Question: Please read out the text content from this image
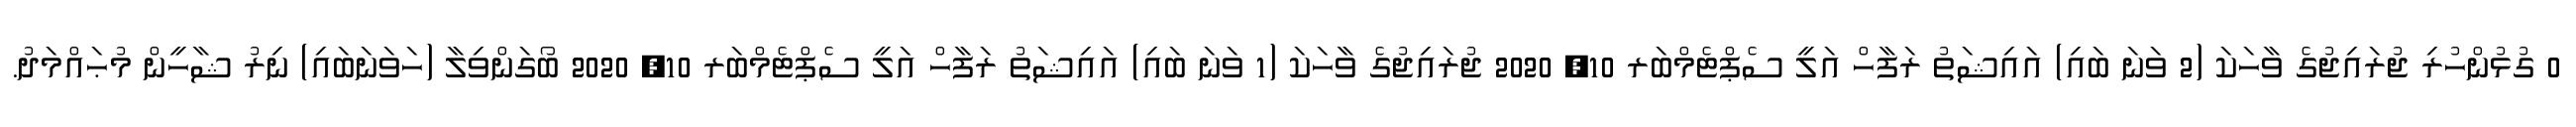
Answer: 0 ގުޅުންހުރި ޖުރައިޖުގެ ވާހަކަ (2 ވަނަ ބައި) އައިޝަތު ރަފާހް އަލީ ސެޕްޓެމްބަރ 10, 2020 ޖުރައިޖުގެ ވާހަކަ (1 ވަނަ ބައި) އައިޝަތު ރަފާހް އަލީ ސެޕްޓެމްބަރ 10, 2020 ބޯގަންވިލާ (ހަވަނަބައި) ނިރު ޝާހީން މުޙައްމަދު.